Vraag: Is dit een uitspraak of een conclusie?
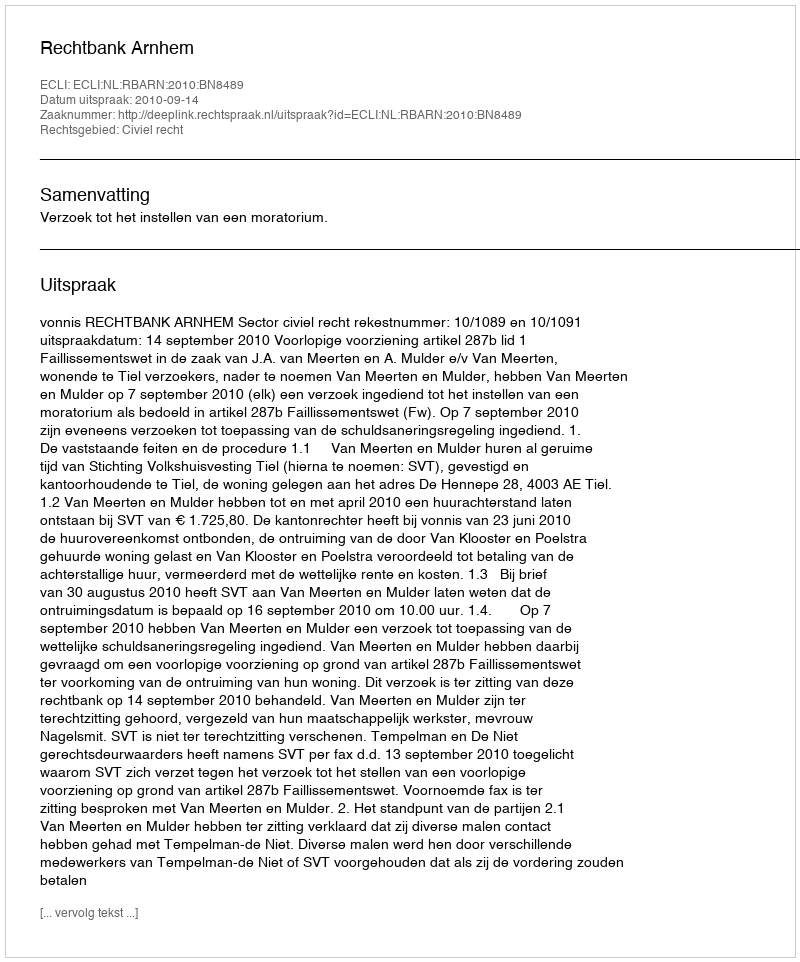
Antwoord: Uitspraak